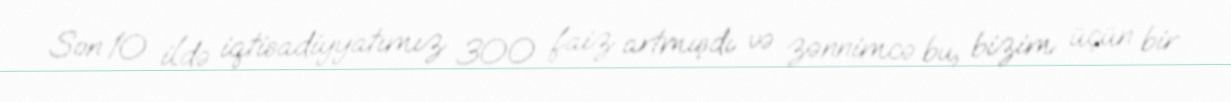
Son 10 ildə iqtisadiyyatımız 300 faiz artmışdı və zənnimcə bu, bizim üçün bir